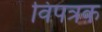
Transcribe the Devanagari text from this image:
विपत्रक